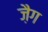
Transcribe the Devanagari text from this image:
ज़ैग